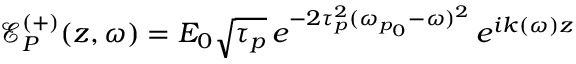
\mathcal { E } _ { P } ^ { ( + ) } ( z , \omega ) = E _ { 0 } \sqrt { \tau _ { p } } \, e ^ { - 2 \tau _ { p } ^ { 2 } ( \omega _ { p _ { 0 } } - \omega ) ^ { 2 } } \, e ^ { i k ( \omega ) z }